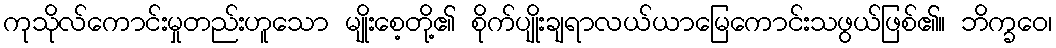
ကုသိုလ်ကောင်းမှုတည်းဟူသော မျိုးစေ့တို့၏ စိုက်ပျိုးချရာလယ်ယာမြေကောင်းသဖွယ်ဖြစ်၏။ ဘိက္ခဝေ၊